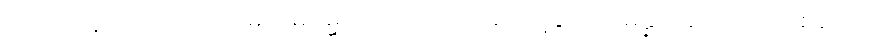
ငါးပါးကုန်သော။ ကတမေဟိဓမ္မေဟိ၊ အဘယ်တရာတို့နှင့်။ သမန္နာဂတော၊ ပြည့်စုံသော။